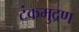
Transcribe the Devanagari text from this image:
टंकमुद्रण